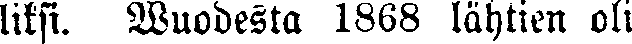
liksi. Wuodesta 1868 lähtien oli